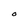
Character: O